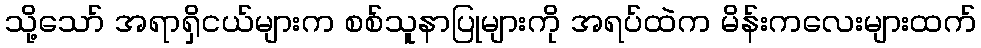
သို့သော် အရာရှိငယ်များက စစ်သူနာပြုများကို အရပ်ထဲက မိန်းကလေးများထက်